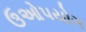
ઉઓપયોગ